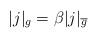
LaTeX: \begin{align*}|j|_g = \beta |j|_{\overline g}\end{align*}